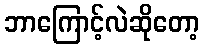
ဘာကြောင့်လဲဆိုတော့